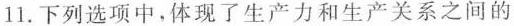
11.下列选项中，体现了生产力和生产关系之间的